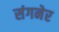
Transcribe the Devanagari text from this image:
संगनेर